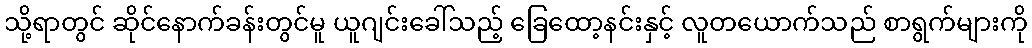
သို့ရာတွင် ဆိုင်နောက်ခန်းတွင်မူ ယူဂျင်းခေါ်သည့် ခြေထော့နင်းနှင့် လူတယောက်သည် စာရွက်များကို